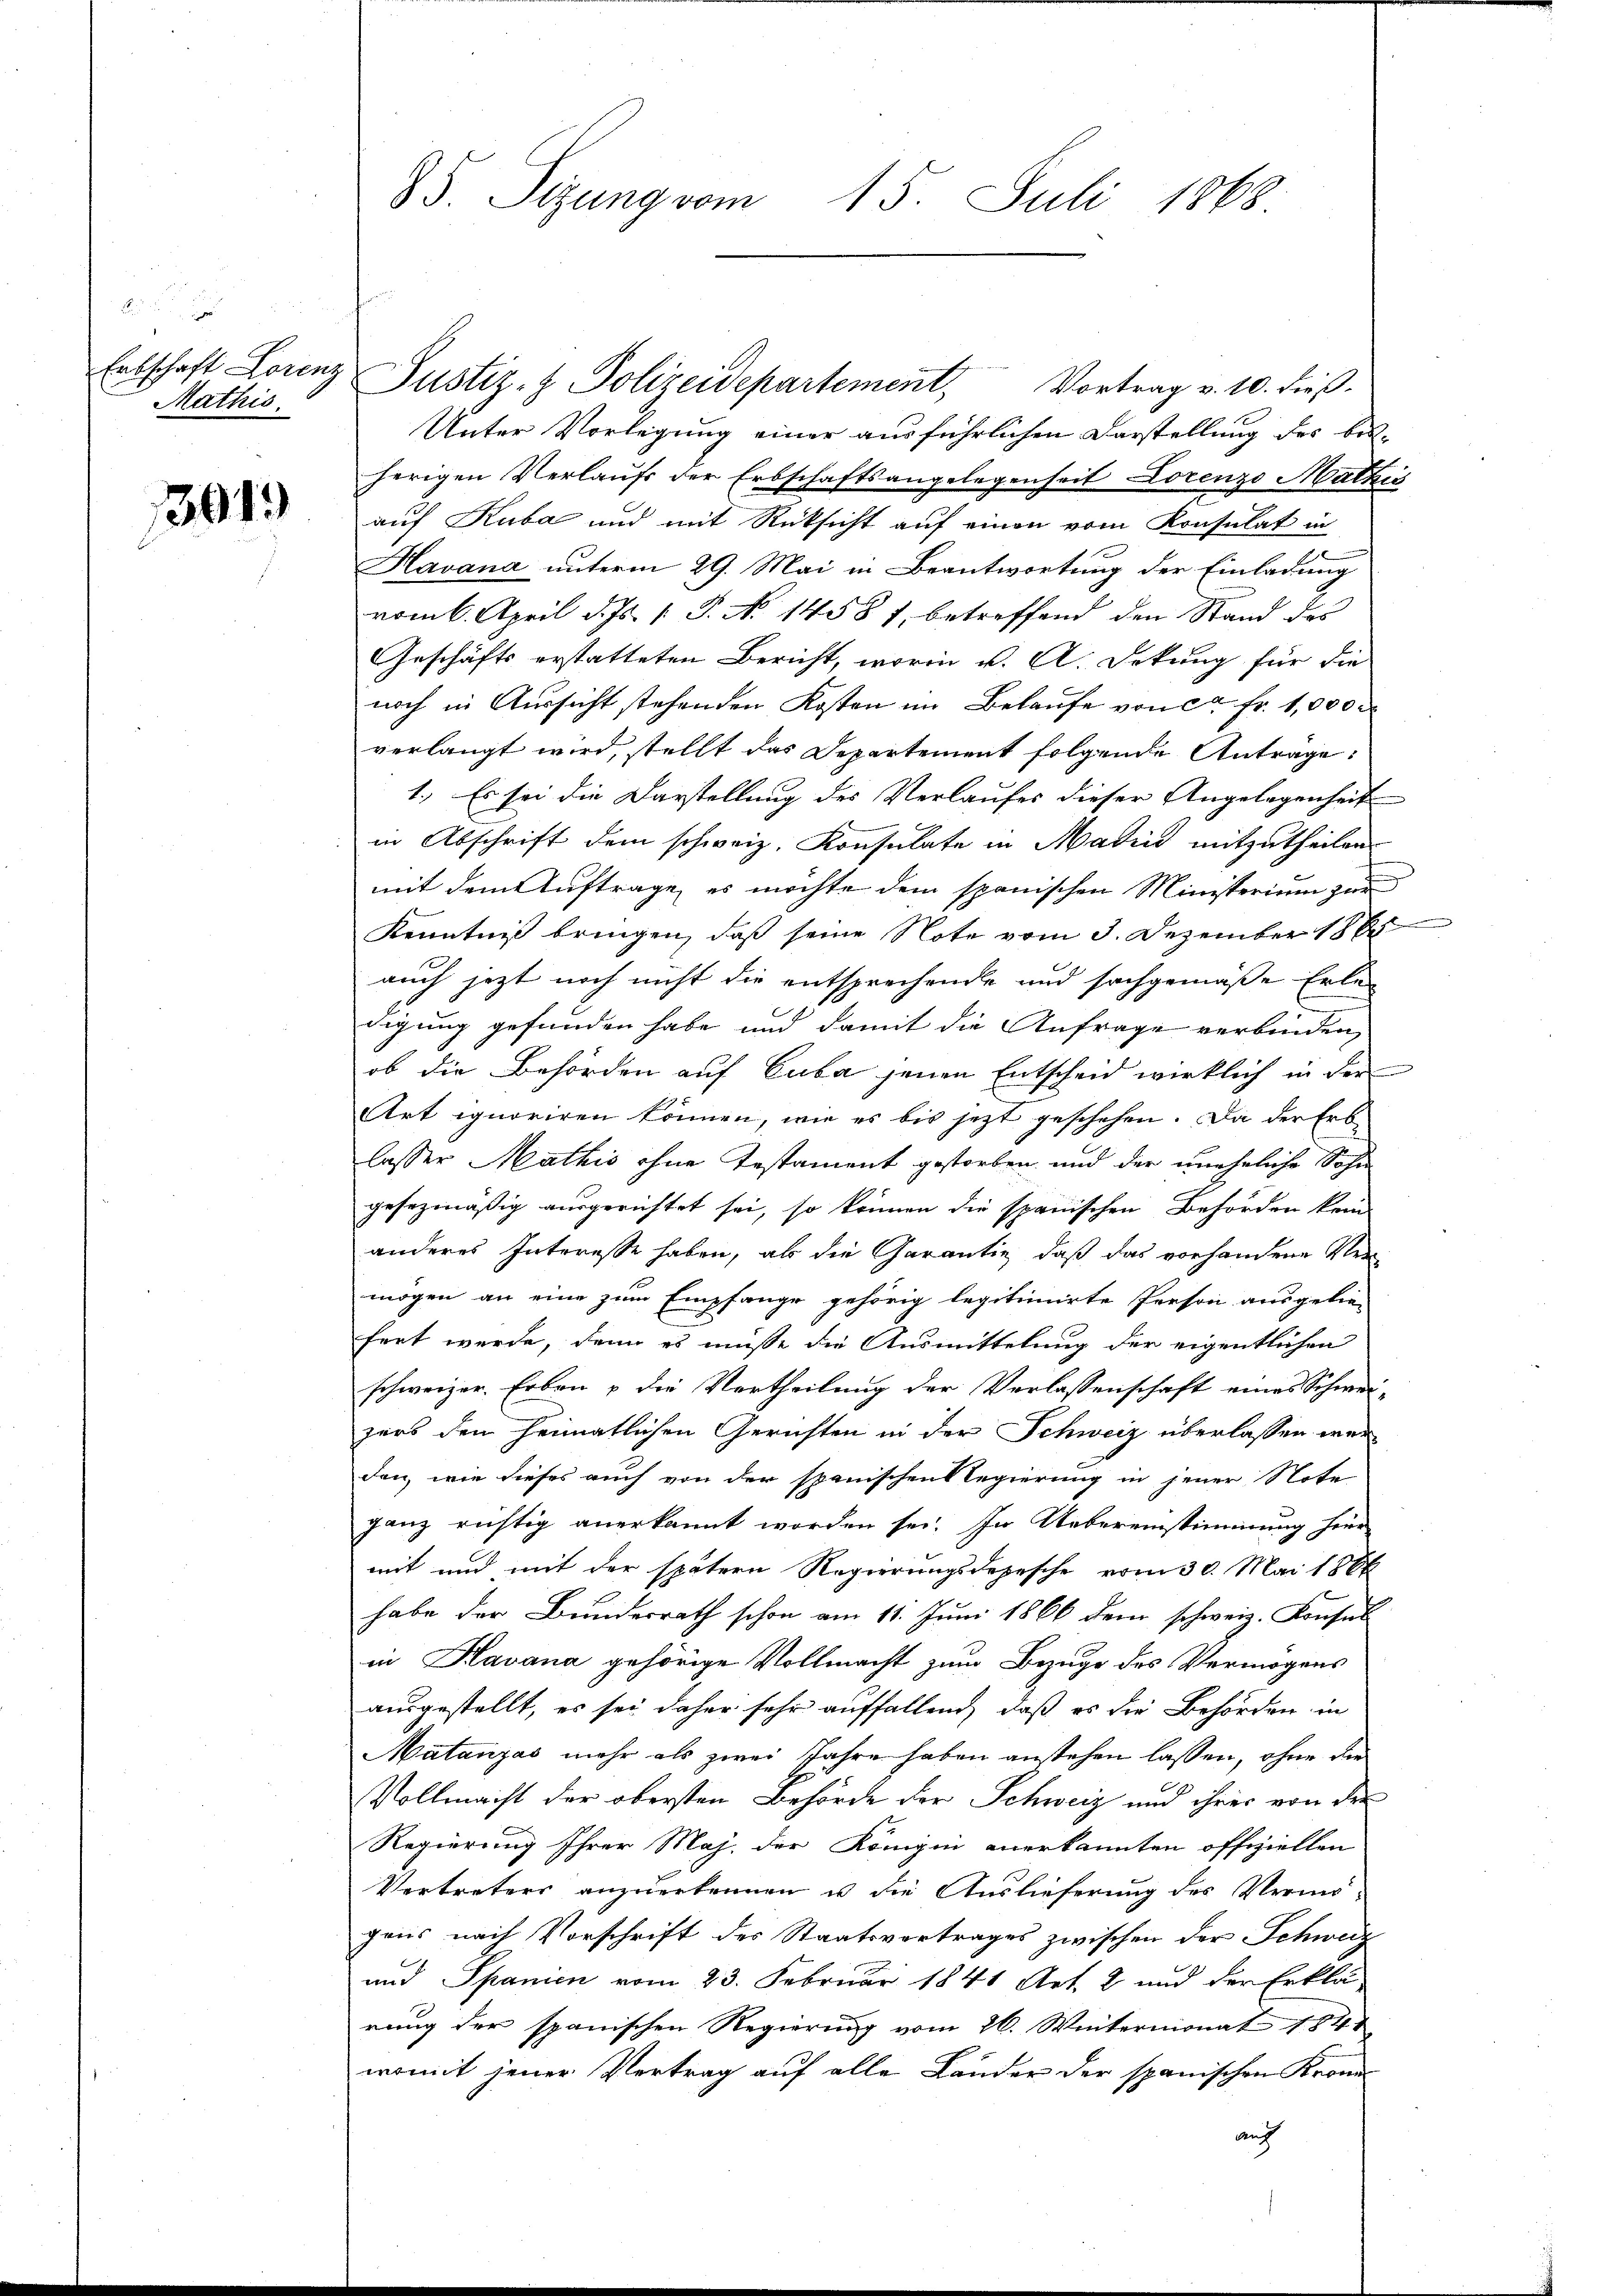
Mathis

3045

85. Sizung vom 15. Juli 1868.

Unter Vorlegung einer ausführlichen Darstellung des bis-
herigen Verlaufs der Erbschaftsangelegenheit Lorenzo Mathis
auf Kuba und mit Rücksicht auf einen vom Konsulat in
Havana unterm 29. Mai in Beantwortung der Einladung
vom 6. April d. Js. [S. No 14581, betreffend den Stand des
Geschäfts erstatteten Bericht, worin v. A. Dekung für die
noch in Aussicht stehenden Kosten im Belaufe von ca Fr. 1,000
verlangt wird, stellt das Departement folgende Antrage:
1.) Es sei die Darstellung des Verlaufes dieser Angelegenheit
in Abschrift dem schweiz. Konsulate in Madrid mitzutheilen.
mit dem Auftrage, es möchte dem spanischen Ministerium zur
Kenntniß bringen, daß seine Note vom 3. Dezember 186
auch jezt noch nicht die entsprechende und sachgemäße Erledigung gefunden habe und damit die Anfrage verbinden,
ob die Behörden auf Cuba jenen Entscheid wirklich in der
Art ignoriren können, wie es bis jetzt geschehen. Da der Erbe
lasser Mathis ohne Testament gestorben und der uneheliche Sohn
gesezmäßig ausgerichtet sei, so können die spanischen Behörden kein
anderes Interesse haben, als die Garantie, daß das vorhandene Vermögen an eine zum Empfange gehörig legitimirte Person ausgelie-
fert werde, denn es müsse die Ausmittelung der eigentlichen
schweizer. Erben & die Vertheilung der Verlassenschaft eines Schwei-
zers dem heimatlichen Gerichten in der Schweiz überlassen werden, wie dieses auch von der spanischens Regierung in jener Note
ganz richtig anerkannt worden sei. In Uebereinstimmung herr
mit und mit der spätern Regierungsdepesche vom 30. Mai 1866
habe der Bundesrath schon am 11. Juni 1866 dem schweiz. Konsul
in Klavana gehörige Vollmacht zum Bezuge des Vermögens
ausgestellt, es sei daher sehr auffallend, daß es die Behörden in
Matanzas mehr als zwei Jahre haben anstehen lassen, ohne die
Vollmacht der obersten Behörde der Schweiz und ihrer von der
Regierung Ihrer Maj. der Königin anerkannten offiziellen
Vertreters anzuerkennen u die Auslieferung des Vermö-
pris nach Vorschrift des Staatsvertrages zwischen der Schweiz
und Spanien vom 23. Februar 1841 Art. 2 und der Erklä-
rung der spanischen Regierung vom 26. Wintermonat 1848
womit jener Vertrag auf alle Länder der spanischen Kron
auf

Erbschaft Lorenz Justiz- & Polizeidepartement, Vortrag v. 10. dieβ.